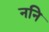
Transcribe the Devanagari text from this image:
ननि